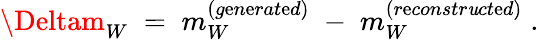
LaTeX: \Deltam_{W}\; =\; m_{W}^{(g\mathrm{e}n\mathrm{e}rat\mathrm{e}d)}\; -\; m_{W}^{(r\mathrm{e}constr\mathit{u}ct\mathrm{e}d)}\; .